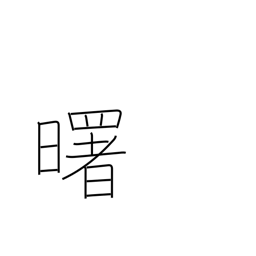
Meaning: daybreak